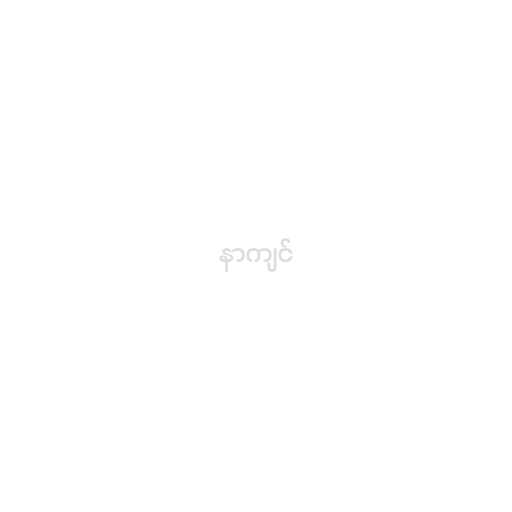
နာကျင်